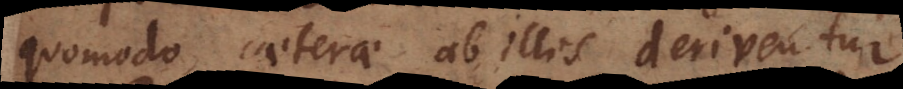
quomodo caeterae ab illis deriventur.